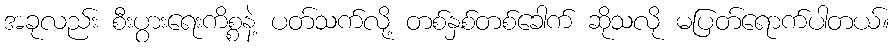
အခုလည်း စီးပွားရေးကိစ္စနဲ့ ပတ်သက်လို့ တစ်နှစ်တစ်ခေါက် ဆိုသလို မပြတ်ရောက်ပါတယ်။